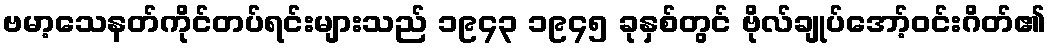
ဗမာ့သေနတ်ကိုင်တပ်ရင်းများသည် ၁၉၄၃ ၁၉၄၅ ခုနှစ်တွင် ဗိုလ်ချုပ်အော့်ဝင်းဂိတ်၏